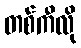
တစ်ကီလို